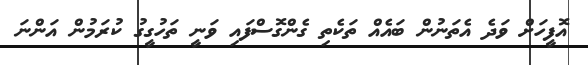
އޮފީހަށް ވަދެ އެތަނުން ބައެއް ތަކެތި ގެންގޮސްފައި ވަނީ ތަހުގީގު ކުރަމުން އަންނަ